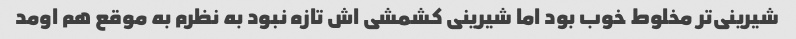
شیرینی‌تر مخلوط خوب بود اما شیرینی کشمشی اش تازه نبود به نظرم به موقع هم اومد